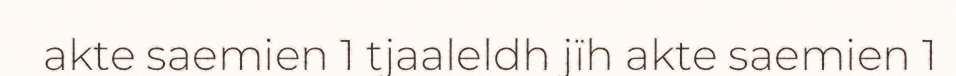
akte saemien 1 tjaaleldh jïh akte saemien 1